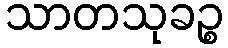
သာတသုခဉ္စ